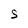
Character: S